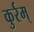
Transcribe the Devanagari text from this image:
कुर्रम्